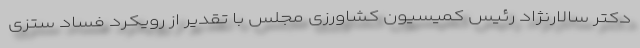
دکتر سالارنژاد رئیس کمیسیون کشاورزی مجلس با تقدیر از رویکرد فساد ستزی